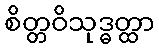
စိတ္တဝိသုဒ္ဓတ္ထာ